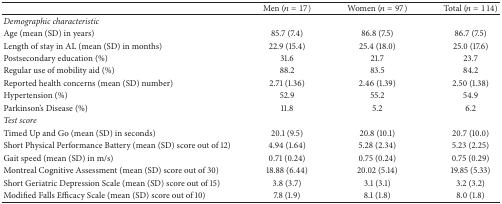
<table><thead><tr><td><b> </b></td><td><b>Men (<i>n</i> = 17)</b></td><td><b>Women (<i>n</i> = 97)</b></td><td><b>Total (<i>n</i> = 114)</b></td></tr></thead><tbody><tr><td colspan="4"><i>Demographic characteristic</i></td></tr><tr><td>Age (mean (SD) in years)</td><td>85.7 (7.4)</td><td>86.8 (7.5)</td><td>86.7 (7.5)</td></tr><tr><td>Length of stay in AL (mean (SD) in months)</td><td>22.9 (15.4)</td><td>25.4 (18.0)</td><td>25.0 (17.6)</td></tr><tr><td>Postsecondary education (%)</td><td>31.6</td><td>21.7</td><td>23.7</td></tr><tr><td>Regular use of mobility aid (%)</td><td>88.2</td><td>83.5</td><td>84.2</td></tr><tr><td>Reported health concerns (mean (SD) number)</td><td>2.71 (1.36)</td><td>2.46 (1.39)</td><td>2.50 (1.38)</td></tr><tr><td>Hypertension (%)</td><td>52.9</td><td>55.2</td><td>54.9</td></tr><tr><td>Parkinson&#x27;s Disease (%)</td><td>11.8</td><td>5.2</td><td>6.2</td></tr><tr><td colspan="4"><i>Test score</i></td></tr><tr><td>Timed Up and Go (mean (SD) in seconds)</td><td>20.1 (9.5)</td><td>20.8 (10.1)</td><td>20.7 (10.0)</td></tr><tr><td>Short Physical Performance Battery (mean (SD) score out of 12)</td><td>4.94 (1.64)</td><td>5.28 (2.34)</td><td>5.23 (2.25)</td></tr><tr><td>Gait speed (mean (SD) in m/s)</td><td>0.71 (0.24)</td><td>0.75 (0.24)</td><td>0.75 (0.29)</td></tr><tr><td>Montreal Cognitive Assessment (mean (SD) score out of 30)</td><td>18.88 (6.44)</td><td>20.02 (5.14)</td><td>19.85 (5.33)</td></tr><tr><td>Short Geriatric Depression Scale (mean (SD) score out of 15)</td><td>3.8 (3.7)</td><td>3.1 (3.1)</td><td>3.2 (3.2)</td></tr><tr><td>Modified Falls Efficacy Scale (mean (SD) score out of 10)</td><td>7.8 (1.9)</td><td>8.1 (1.8)</td><td>8.0 (1.8)</td></tr></tbody></table>